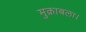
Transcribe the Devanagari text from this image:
मुक़ाबला।